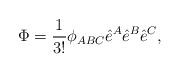
LaTeX: \begin{align*}\Phi=\frac{1}{3!} \phi_{ABC} \hat{e}^A\hat{e}^B\hat{e}^C , \end{align*}